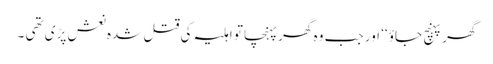
گھر پہنچ جاؤ ‘‘ اور جب وہ گھر پہنچا تو اہلیہ کی قتل شدہ نعش پڑی تھی ۔